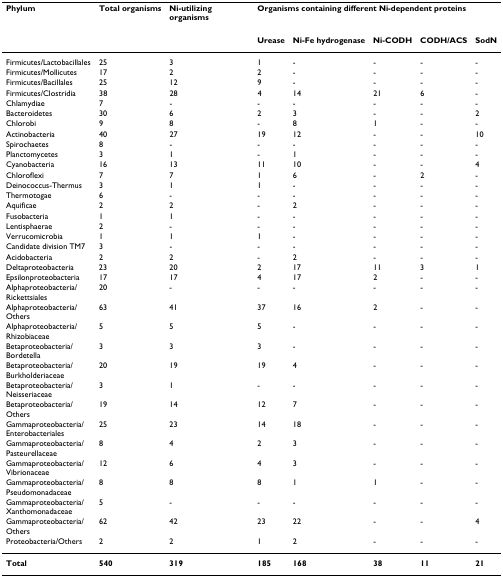
<table><thead><tr><td><b>Phylum</b></td><td><b>Total organisms</b></td><td><b>Ni-utilizing organisms</b></td><td colspan="5"><b>Organisms containing different Ni-dependent proteins</b></td></tr><tr><td></td><td></td><td></td><td><b>Urease</b></td><td><b>Ni-Fe hydrogenase</b></td><td><b>Ni-CODH</b></td><td><b>CODH/ACS</b></td><td><b>SodN</b></td></tr></thead><tbody><tr><td>Firmicutes/Lactobacillales</td><td>25</td><td>3</td><td>1</td><td>-</td><td>-</td><td>-</td><td>-</td></tr><tr><td>Firmicutes/Mollicutes</td><td>17</td><td>2</td><td>2</td><td>-</td><td>-</td><td>-</td><td>-</td></tr><tr><td>Firmicutes/Bacillales</td><td>25</td><td>12</td><td>9</td><td>-</td><td>-</td><td>-</td><td>-</td></tr><tr><td>Firmicutes/Clostridia</td><td>38</td><td>28</td><td>4</td><td>14</td><td>21</td><td>6</td><td>-</td></tr><tr><td>Chlamydiae</td><td>7</td><td>-</td><td>-</td><td>-</td><td>-</td><td>-</td><td>-</td></tr><tr><td>Bacteroidetes</td><td>30</td><td>6</td><td>2</td><td>3</td><td>-</td><td>-</td><td>2</td></tr><tr><td>Chlorobi</td><td>9</td><td>8</td><td>-</td><td>8</td><td>1</td><td>-</td><td>-</td></tr><tr><td>Actinobacteria</td><td>40</td><td>27</td><td>19</td><td>12</td><td>-</td><td>-</td><td>10</td></tr><tr><td>Spirochaetes</td><td>8</td><td>-</td><td>-</td><td>-</td><td>-</td><td>-</td><td>-</td></tr><tr><td>Planctomycetes</td><td>3</td><td>1</td><td>-</td><td>1</td><td>-</td><td>-</td><td>-</td></tr><tr><td>Cyanobacteria</td><td>16</td><td>13</td><td>11</td><td>10</td><td>-</td><td>-</td><td>4</td></tr><tr><td>Chloroflexi</td><td>7</td><td>7</td><td>1</td><td>6</td><td>-</td><td>2</td><td>-</td></tr><tr><td>Deinococcus-Thermus</td><td>3</td><td>1</td><td>1</td><td>-</td><td>-</td><td>-</td><td>-</td></tr><tr><td>Thermotogae</td><td>6</td><td>-</td><td>-</td><td>-</td><td>-</td><td>-</td><td>-</td></tr><tr><td>Aquificae</td><td>2</td><td>2</td><td>-</td><td>2</td><td>-</td><td>-</td><td>-</td></tr><tr><td>Fusobacteria</td><td>1</td><td>1</td><td>-</td><td>-</td><td>-</td><td>-</td><td>-</td></tr><tr><td>Lentisphaerae</td><td>2</td><td>-</td><td>-</td><td>-</td><td>-</td><td>-</td><td>-</td></tr><tr><td>Verrucomicrobia</td><td>1</td><td>1</td><td>1</td><td>-</td><td>-</td><td>-</td><td>-</td></tr><tr><td>Candidate division TM7</td><td>3</td><td>-</td><td>-</td><td>-</td><td>-</td><td>-</td><td>-</td></tr><tr><td>Acidobacteria</td><td>2</td><td>2</td><td>-</td><td>2</td><td>-</td><td>-</td><td>-</td></tr><tr><td>Deltaproteobacteria</td><td>23</td><td>20</td><td>2</td><td>17</td><td>11</td><td>3</td><td>1</td></tr><tr><td>Epsilonproteobacteria</td><td>17</td><td>17</td><td>4</td><td>17</td><td>2</td><td>-</td><td>-</td></tr><tr><td>Alphaproteobacteria/Rickettsiales</td><td>20</td><td>-</td><td>-</td><td>-</td><td>-</td><td>-</td><td>-</td></tr><tr><td>Alphaproteobacteria/Others</td><td>63</td><td>41</td><td>37</td><td>16</td><td>2</td><td>-</td><td>-</td></tr><tr><td>Alphaproteobacteria/Rhizobiaceae</td><td>5</td><td>5</td><td>5</td><td>-</td><td>-</td><td>-</td><td>-</td></tr><tr><td>Betaproteobacteria/Bordetella</td><td>3</td><td>3</td><td>3</td><td>-</td><td>-</td><td>-</td><td>-</td></tr><tr><td>Betaproteobacteria/Burkholderiaceae</td><td>20</td><td>19</td><td>19</td><td>4</td><td>-</td><td>-</td><td>-</td></tr><tr><td>Betaproteobacteria/Neisseriaceae</td><td>3</td><td>1</td><td>-</td><td>-</td><td>-</td><td>-</td><td>-</td></tr><tr><td>Betaproteobacteria/Others</td><td>19</td><td>14</td><td>12</td><td>7</td><td>-</td><td>-</td><td>-</td></tr><tr><td>Gammaproteobacteria/Enterobacteriales</td><td>25</td><td>23</td><td>14</td><td>18</td><td>-</td><td>-</td><td>-</td></tr><tr><td>Gammaproteobacteria/Pasteurellaceae</td><td>8</td><td>4</td><td>2</td><td>3</td><td>-</td><td>-</td><td>-</td></tr><tr><td>Gammaproteobacteria/Vibrionaceae</td><td>12</td><td>6</td><td>4</td><td>3</td><td>-</td><td>-</td><td>-</td></tr><tr><td>Gammaproteobacteria/Pseudomonadaceae</td><td>8</td><td>8</td><td>8</td><td>1</td><td>1</td><td>-</td><td>-</td></tr><tr><td>Gammaproteobacteria/Xanthomonadaceae</td><td>5</td><td>-</td><td>-</td><td>-</td><td>-</td><td>-</td><td>-</td></tr><tr><td>Gammaproteobacteria/Others</td><td>62</td><td>42</td><td>23</td><td>22</td><td>-</td><td>-</td><td>4</td></tr><tr><td>Proteobacteria/Others</td><td>2</td><td>2</td><td>1</td><td>2</td><td>-</td><td>-</td><td>-</td></tr><tr><td><b>Total</b></td><td><b>540</b></td><td><b>319</b></td><td><b>185</b></td><td><b>168</b></td><td><b>38</b></td><td><b>11</b></td><td><b>21</b></td></tr></tbody></table>